Insane asylums in Bengal annual reports 1876-1887 - 1876-1887
Year: 1876
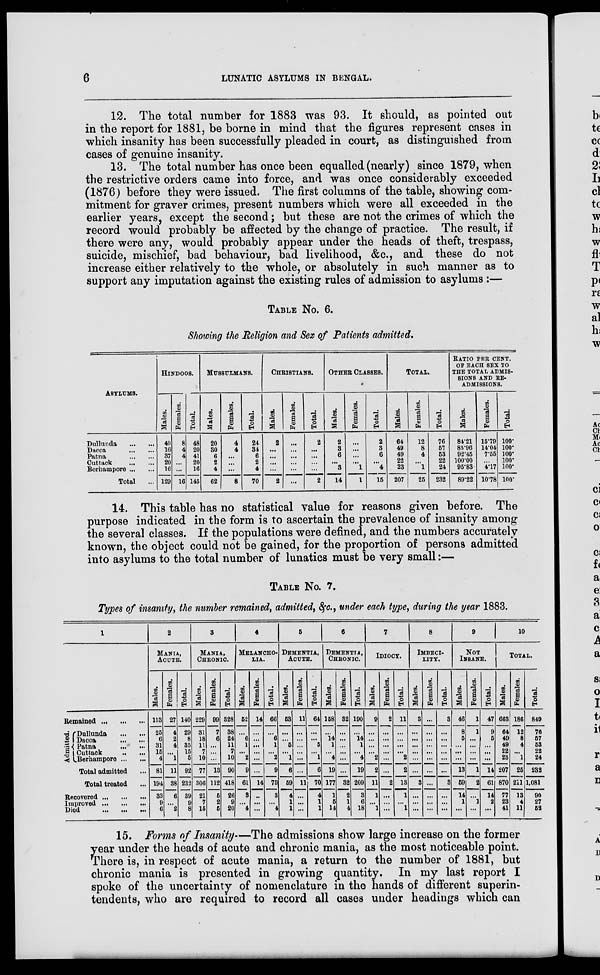
6
LUNATIC ASYLUMS IN BENGAL.
12. The total number for 1883 was 93. It should, as pointed out
in the report for 1881, be borne in mind that the figures represent cases in
which insanity has been successfully pleaded in court, as distinguished from
cases of genuine insanity.
13. The total number has once been equalled (nearly) since 1879, when
the restrictive orders came into force, and was once considerably exceeded
(1876) before they were issued. The first columns of the table, showing com-
mitment for graver crimes, present numbers which were all exceeded in the
earlier years, except the second; but these are not the crimes of which the
record would probably be affected by the change of practice. The result, if
there were any, would probably appear under the heads of theft, trespass,
suicide, mischief, bad behaviour, bad livelihood, &c., and these do not
increase either relatively to the whole, or absolutely in such manner as to
support any imputation against the existing rules of admission to asylums :—
TABLE No. 6.
Showing the Religion and Sex of Patients admitted.
ASYLUMS.
Dullunda
...
...
Dacca
...
...
Patna
...
...
Cuttack
...
...
Berhampore ... ...
Total ...
HINDOOS.
Males.
40
16
37
20
16
129
Females.
8
4
4
...
...
16
Total.
48
20
41
20
16
145
MUSSULMANS.
Males.
20
30
6
2
4
62
Females.
4
4
...
...
...
8
Total.
24
34
6
2
4
70
CHRISTIANS.
Males.
2
...
...
...
...
2
Females.
...
...
...
...
...
...
Total.
2
...
...
...
...
2
OTHER CLASSES.
Males.
2
3
6
...
3
14
Females.
...
...
...
...
1
1
Total.
2
3
6
...
4
15
TOTAL.
Males.
64
49
49
22
23
207
Females.
12
8
4
...
1
25
Total.
76
57
53
22
24
232
RATIO PER CENT.
OF EACH SEX TO
THE TOTAL ADMIS-
SIONS AND RE-
ADMISSIONS.
Males.
84.21
85.96
92.45
100.00
95.83
89.22
Females.
15.79
14.04
7.55
...
4.17
10.78
[Total.
100.
100.
100.
100.
100.
100.
14. This table has no statistical value for reasons given before. The
purpose indicated in the form is to ascertain the prevalence of insanity among
the several classes. If the populations were defined, and the numbers accurately
known, the object could not be gained, for the proportion of persons admitted
into asylums to the total number of lunatics must be very small:—
TABLE No. 7.
Types of insanity, the number remained, admitted, &c., under each type, during the year 1883.
1
Remained ... ... ...
Admitted.
Dullunda
...
...
Dacca ... ...
Patna
...
...
Cuttack
...
...
Berhampore ... ...
Total admitted ...
Total treated ...
Recovered
...
...
...
Improved
...
...
...
Died
...
...
...
2
MANIA,
ACUTE.
Males.
113
25
6
31
15
4
81
194
33
9
6
Females.
27
4
2
4
...
1
11
38
6
...
2
Total.
140
29
8
35
15
5
92
232
39
9
8
3
MANIA,
CHRONIC.
Males.
229
31
18
11
7
10
77
306
21
7
15
Females.
99
7
6
...
...
...
13
112
5
2
5
Total.
328
38
24
11
7
10
90
418
26
9
20
4
MELANCHO-
---.
Males.
52
...
6
1
...
2
9
61
3
...
4
Females.
14
...
...
...
...
...
...
14
...
...
...
Total.
66
...
6
1
...
2
9
75
3
...
4
5
DEMENTIA,
ACUTE.
Males.
53
...
...
5
...
1
6
59
4
1
1
Females.
11
...
...
...
...
...
...
11
...
...
...
Total.
64
...
...
5
...
1
6
70
4
1
1
6
DEMENTIA,
CHRONIC.
Males.
158
...
14
1
...
4
19
177
1
5
14
Females.
32
...
...
...
...
...
...
32
2
1
4
Total.
190
...
14
1
...
4
19
209
3
6
18
7
IDIOCY.
Males.
9
...
...
...
...
2
2
11
1
...
1
Females.
2
...
...
...
...
...
...
2
...
...
...
Total.
11
...
...
...
...
2
2
13
1
...
1
8
IMBECI-
-----
Males.
3
...
...
...
...
...
...
3
...
...
...
Females.
...
...
...
...
...
...
...
...
...
...
...
Total.
3
...
...
...
...
...
...
3
...
...
...
9
NOT
INSANE.
Males.
46
8
5
...
...
...
13
59
14
1
...
Females.
1
1
...
...
...
...
1
2
...
1
...
Total.
47
9
5
...
...
...
14
61
14
2
...
10
TOTAL.
Males.
663
64
49
49
22
23
207
870
77
23
41
Females.
186
12
8
4
...
1
25
211
13
4
11
Total.
849
76
57
53
22
24
232
1,081
90
27
52
15. Forms of Insanity.—The admissions show large increase on the former
year under the heads of acute and chronic mania, as the most noticeable point.
There is, in respect of acute mania, a return to the number of 1881, but
chronic mania is presented in growing quantity. In my last report I
spoke of the uncertainty of nomenclature in the hands of different superin-
tendents, who are required to record all cases under headings which can